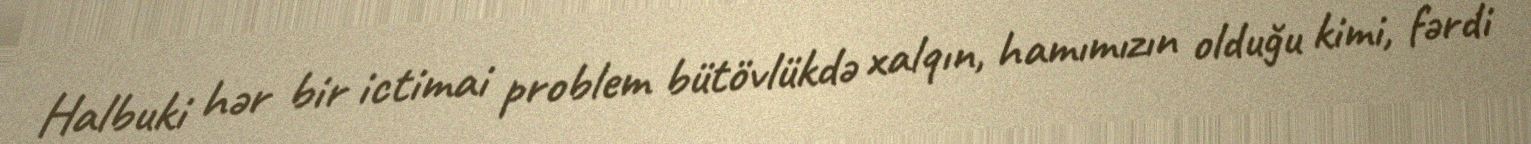
Halbuki hər bir ictimai problem bütövlükdə xalqın, hamımızın olduğu kimi, fərdi